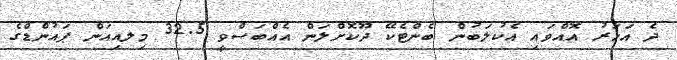
ދެ އަހަރު އޮއްވައި އެކުލަބުން ބެންޓެކޭ ދޫކޮށްލަން އެއްބަސްވީ 32.5 މިލއިއަން ޕައުންޑްގެ